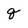
Character: q